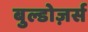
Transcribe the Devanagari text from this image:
बुल्डोज़र्स